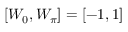
[ W _ { 0 } , W _ { \pi } ] = [ - 1 , 1 ]